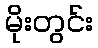
မိုးတွင်း